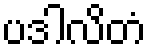
ပဒါလိတံ